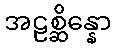
အဠစ္ဆိန္နော